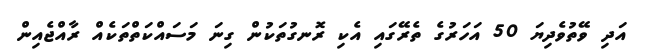
އަދި ވޭތުވެދިޔަ 50 އަހަރުގެ ތެރޭގައި އެކި ރޮނގުތަކުން ގިނަ މަސައްކަތްތަކެއް ރާއްޖެއިން